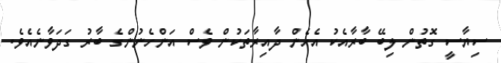
ސިޔާސީ ގޮތުން ލިބޭ ބާރާއެކު އެހެން ދާއިރާތަކުން ވެސް އަންހެނުންގެ ބާރު ގަދަވާނެއެވެ.